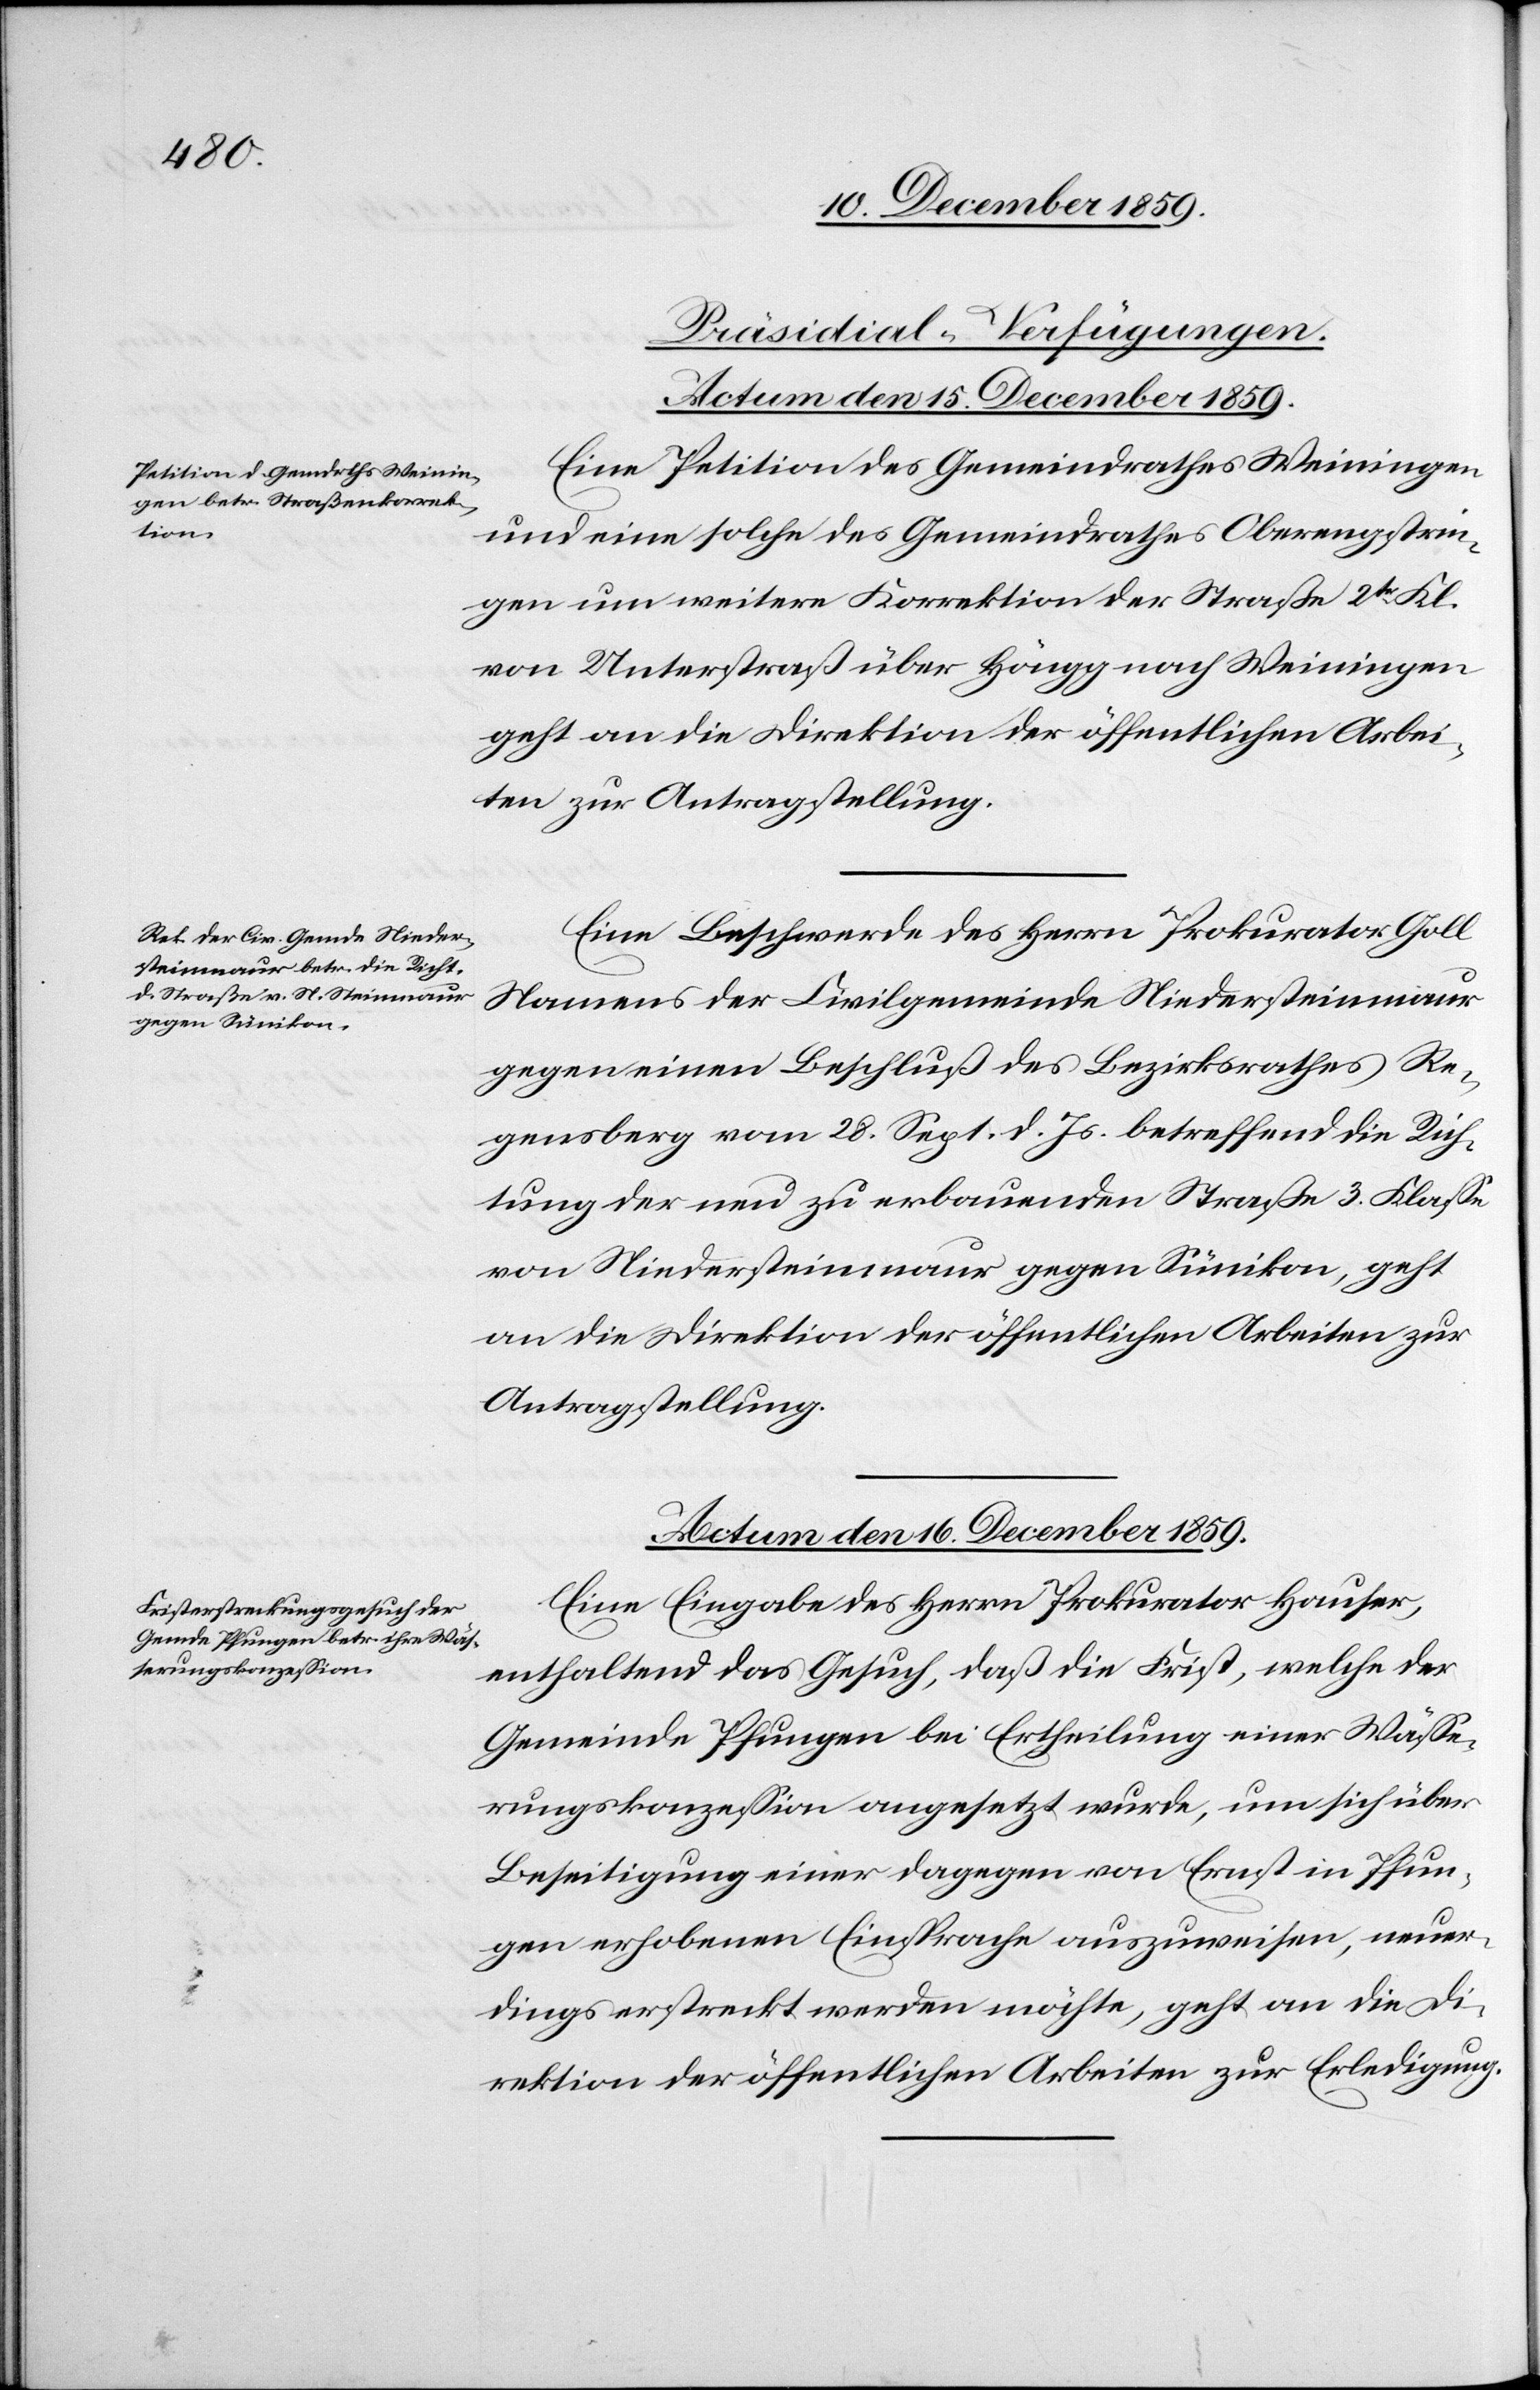
[Präsidial-Verfügungen.]
Actum den 15. December 1859.]
Eine Petition des Gemeindrathes Weiningen
und eine solche des Gemeindrathes Oberengstrin¬
gen um weitere Korrektion der Straße 2tr Kl.
von Unterstraß über Höngg nach Weiningen
geht an die Direktion der öffentlichen Arbei¬
ten zur Antragstellung.
Eine Beschwerde des Herrn Prokurator Goll
Namens der Civilgemeinde Niedersteinmaur
gegen einen Beschluß des Bezirksrathes Re¬
gensberg vom 28. Sept. d. Js. betreffend die Rich¬
tung der neu zu erbauenden Straße 3. Klasse
von Niedersteinmaur gegen Sünikon, geht
an die Direktion der öffentlichen Arbeiten zur
Antragstellung.
Actum den 16. December 1859.
Eine Eingabe des Herrn Prokurator Hauser,
enthaltend das Gesuch, daß die Frist, welche der
Gemeinde Pfungen bei Ertheilung einer Wässe¬
rungskonzession angesetzt wurde, um sich über
Beseitigung einer dagegen von Ernst in Pfun¬
gen erhobenen Einsprache auszuweisen, neuer¬
dings erstreckt werden möchte, geht an die Di¬
rektion der öffentlichen Arbeiten zur Erledigung.